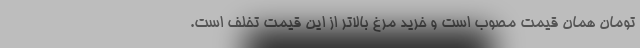
تومان همان قیمت مصوب است و خرید مرغ بالاتر از این قیمت تخلف است.